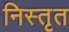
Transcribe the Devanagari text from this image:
निस्तृत